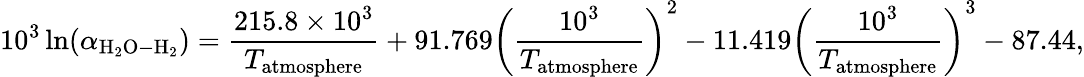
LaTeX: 10^{3}\ln(\alpha_{\mathrm{H_{2}O-H_{2}}})=\frac{215.8\times 10^{3}}{T_{\mathrm{atmosphere}}}+91.769\left(\frac{10^{3}}{T_{\mathrm{atmosphere}}}\right)^{2}-11.419\left(\frac{10^{3}}{T_{\mathrm{atmosphere}}}\right)^{3}-87.44,